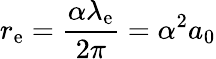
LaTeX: r_{\mathrm{e}}={\frac{\alpha\lambda_{\mathrm{e}}}{2\pi}}=\alpha^{2}a_{0}